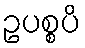
ဥပစ္စပိ